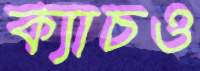
ক্যাচও